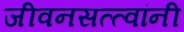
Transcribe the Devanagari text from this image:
जीवनसत्त्वांनी